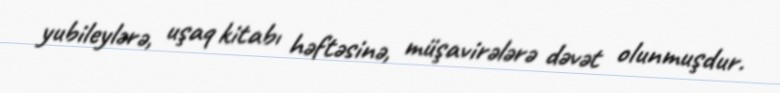
yubileylərə, uşaq kitabı həftəsinə, müşavirələrə dəvət olunmuşdur.